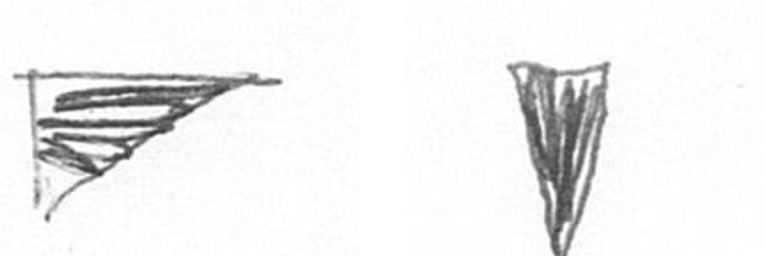
T J